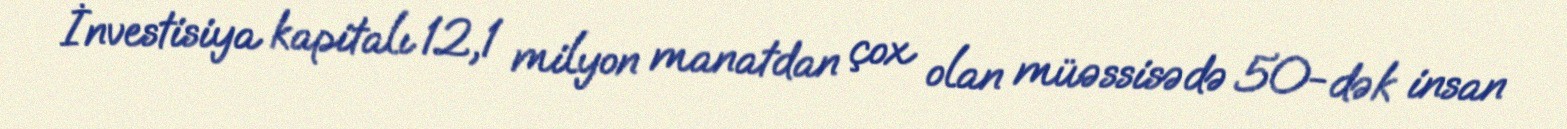
İnvestisiya kapitalı 12,1 milyon manatdan çox olan müəssisədə 50-dək insan